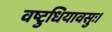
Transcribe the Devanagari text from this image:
वष्टुधियावसुः।